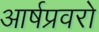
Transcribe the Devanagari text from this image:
आर्षप्रवरो